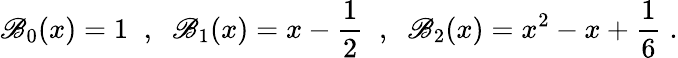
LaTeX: \mathscr{B}_{0}(x)=1\; \; ,\; \; \mathscr{B}_{1}(x)=x-\frac{{1}}{{2}}\; \; ,\; \; \mathscr{B}_{2}(x)=x^{2}-x+\frac{{1}}{{6}}\; .